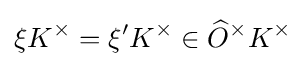
\xi K^{\times }=\xi 'K^{\times }\in {\widehat {O}}^{\times }K^{\times }